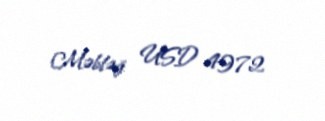
Məbləğ: USD 4972